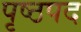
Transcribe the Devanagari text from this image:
पृष्ठपद